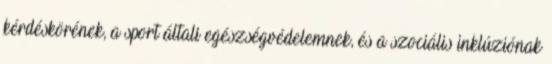
kérdéskörének, a sport általi egészségvédelemnek, és a szociális inklúziónak